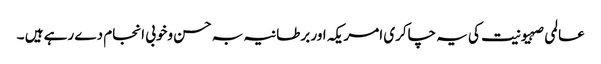
عالمی صہیونیت کی یہ چاکری امریکہ اور برطانیہ بہ حسن وخوبی انجام دے رہے ہیں ۔